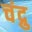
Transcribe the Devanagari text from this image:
चंद्रु